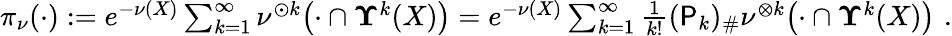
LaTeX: \begin{array}{r}{\pi_{\nu}(\cdot):=e^{-\nu(X)}\sum_{k=1}^{\infty}\nu^{\odot k}\bigl(\cdot\cap{{\mathbf\Upsilon}^{k}(X)}\bigr)=e^{-\nu(X)}\sum_{k=1}^{\infty}\frac{1}{k!}({\sf P}_{k})_{\# }\nu^{\otimes k}\bigl(\cdot\cap{{\mathbf\Upsilon}^{k}(X)}\bigr)\, \, \mathrm{.}}\end{array}